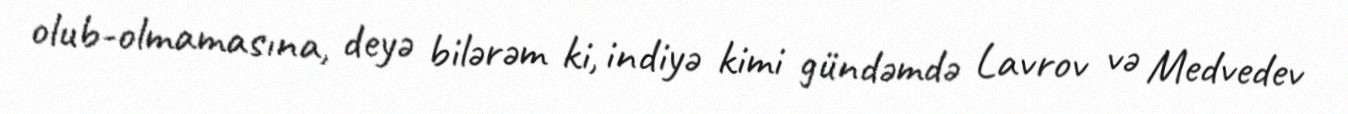
olub-olmamasına, deyə bilərəm ki, indiyə kimi gündəmdə Lavrov və Medvedev